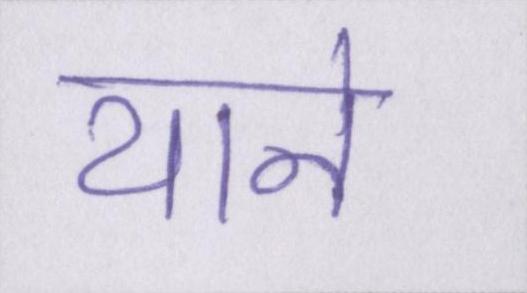
याने